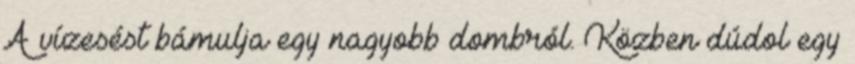
A vízesést bámulja egy nagyobb dombról. Közben dúdol egy